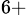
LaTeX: ^{6+}